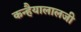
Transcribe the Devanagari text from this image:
कन्हैयालालजी